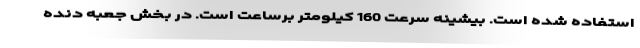
استفاده شده است. بیشینه سرعت 160 کیلومتر برساعت است. در بخش جعبه دنده